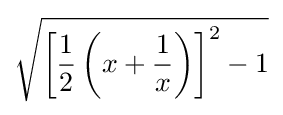
{\sqrt {\left[{\frac {1}{2}}\left(x+{\frac {1}{x}}\right)\right]^{2}-1}}